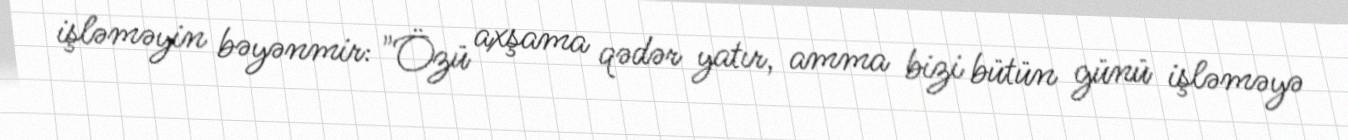
işləməyin bəyənmir: "Özü axşama qədər yatır, amma bizi bütün günü işləməyə